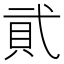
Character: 貮